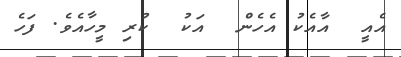
އެއީ  އާއެކު އެހެން  އަކު  ކުރި މީހާއެވެ. ފަހެ